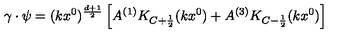
\gamma \cdot \psi = ( k x ^ { 0 } ) ^ { \frac { d + 1 } { 2 } } \left[ A ^ { ( 1 ) } K _ { C + \frac { 1 } { 2 } } ( k x ^ { 0 } ) + A ^ { ( 3 ) } K _ { C - \frac { 1 } { 2 } } ( k x ^ { 0 } ) \right]